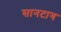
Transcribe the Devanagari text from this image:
सानटाग